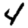
Digit: 4